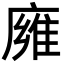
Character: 㢕